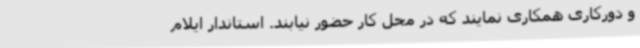
و دورکاری همکاری نمایند که در محل کار حضور نیابند. استاندار ایلام